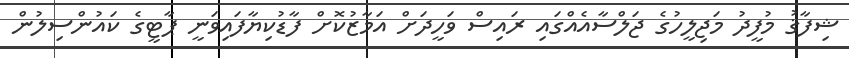
ޝިފާޤު މުފީދު މަޖިލީހުގެ ޖަލްސާއެއްގައި ރައިސް ވަހީދަށް އަމާޒުކޮށް ފާޑުކިޔާފައިވަނީ ޕާޓީގެ ކައުންސިލުން